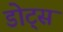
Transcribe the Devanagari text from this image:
डोट्स